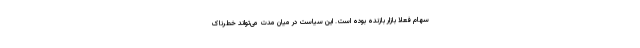
سهام فعلا بازار بازنده بوده است. این سیاست در میان مدت می‌تواند خطرناک